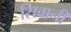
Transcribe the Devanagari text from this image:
सिवानी